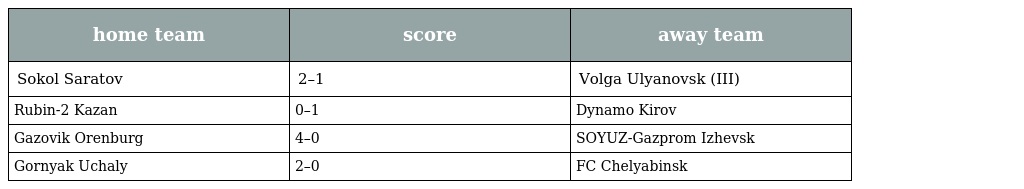
| home team | score | away team |
 | --- | --- | --- |
 | Sokol Saratov | 2–1 | Volga Ulyanovsk (III) |
 | Rubin-2 Kazan | 0–1 | Dynamo Kirov |
 | Gazovik Orenburg | 4–0 | SOYUZ-Gazprom Izhevsk |
 | Gornyak Uchaly | 2–0 | FC Chelyabinsk |